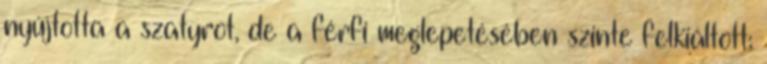
nyújtotta a szatyrot, de a férfi meglepetésében szinte felkiáltott: